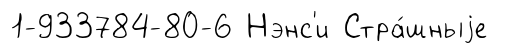
1-933784-80-6 Нэнс'и Стра́шныjе